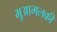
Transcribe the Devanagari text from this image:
भूआमलकी